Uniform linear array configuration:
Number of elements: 24
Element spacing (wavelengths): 0.25
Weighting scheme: blackman
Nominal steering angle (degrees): -60
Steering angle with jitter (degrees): -59.031
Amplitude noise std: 0.05
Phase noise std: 0.05

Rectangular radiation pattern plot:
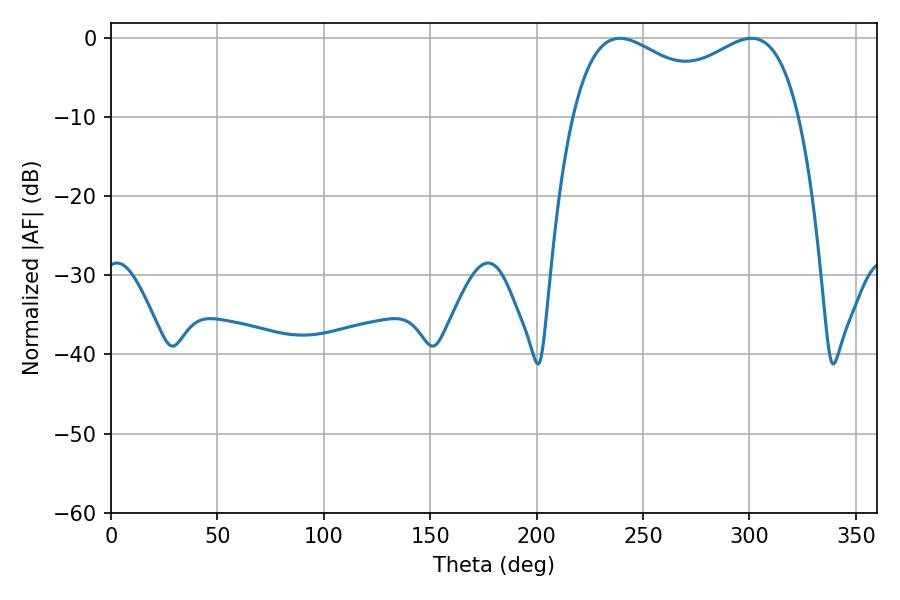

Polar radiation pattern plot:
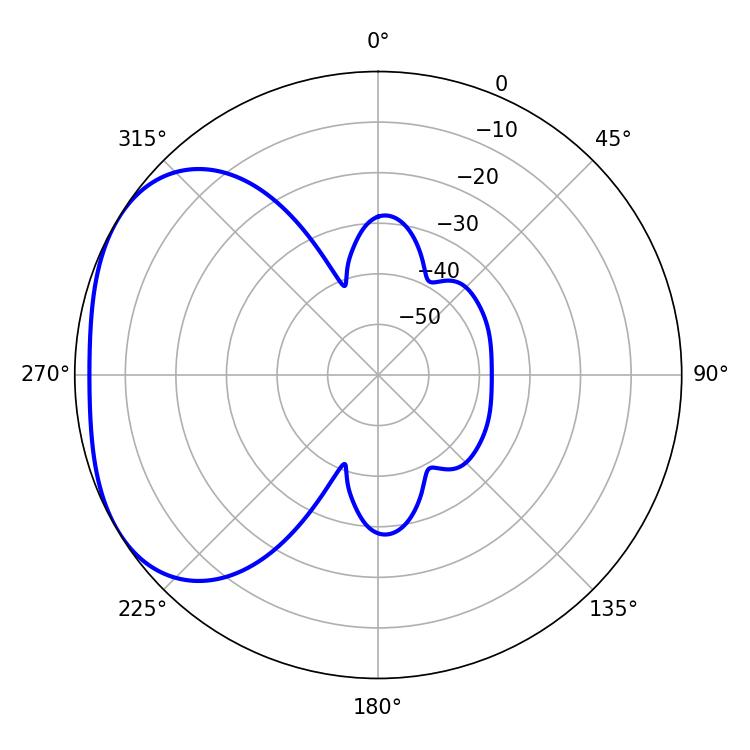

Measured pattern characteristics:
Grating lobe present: FALSE
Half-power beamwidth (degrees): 88.56
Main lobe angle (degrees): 239.04